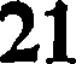
21